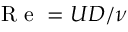
\mathrm { ~ R ~ e ~ } = { U D } / { \nu }